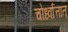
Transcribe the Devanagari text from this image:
चोर्ध्वात्तात्